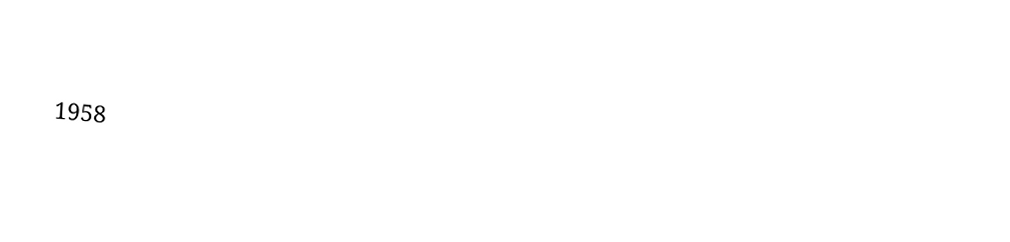

1958